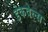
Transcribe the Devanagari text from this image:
इंकवेल्स